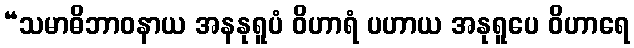
“သမာဓိဘာဝနာယ အနနုရူပံ ဝိဟာရံ ပဟာယ အနုရူပေ ဝိဟာရေ